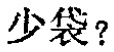
少袋？